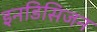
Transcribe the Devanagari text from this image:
इनडिसिजन